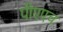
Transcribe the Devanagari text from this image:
पीएएच